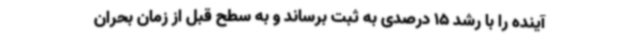
آینده را با رشد 15 درصدی به ثبت برساند و به سطح قبل از زمان بحران